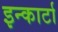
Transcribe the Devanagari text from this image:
इन्कार्टा